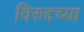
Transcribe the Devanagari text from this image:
विरुद्दच्या